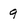
Character: 9